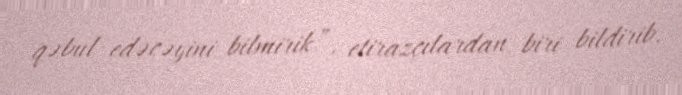
qəbul edəcəyini bilmirik”, etirazçılardan biri bildirib.